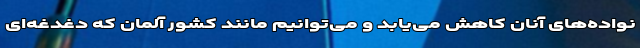
نواده‌های آنان کاهش می‌یابد و می‌توانیم مانند کشور آلمان که دغدغه‌ای